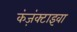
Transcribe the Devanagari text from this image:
कंज़ंक्टाइवा